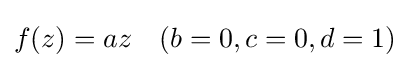
f(z)=az\quad (b=0,c=0,d=1)